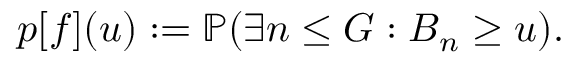
p [ f ] ( u ) : = \mathbb { P } ( \exists n \leq G : B _ { n } \geq u ) .